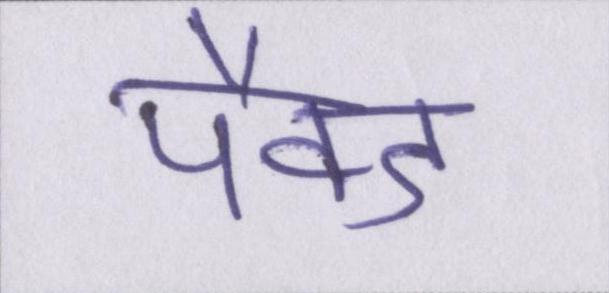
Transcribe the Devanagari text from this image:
पैक्ड